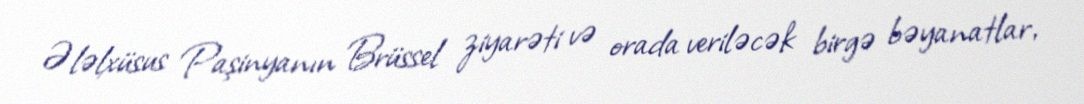
Ələlxüsus Paşinyanın Brüssel ziyarəti və orada veriləcək birgə bəyanatlar,